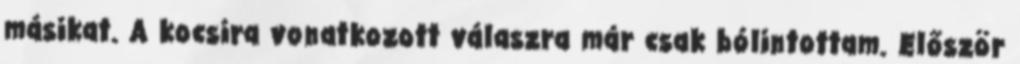
másikat. A kocsira vonatkozott válaszra már csak bólintottam. Először